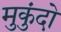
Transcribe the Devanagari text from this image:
मुकुंदो